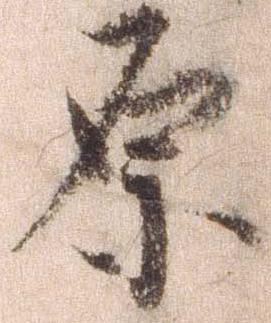
原